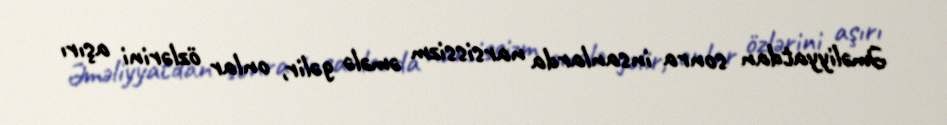
Əməliyyatdan sonra insanlarda narsissizm əmələ gəlir, onlar özlərini aşırı